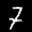
Label: 7